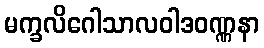
မက္ခလိဂေါသာလဝါဒဝဏ္ဏနာ